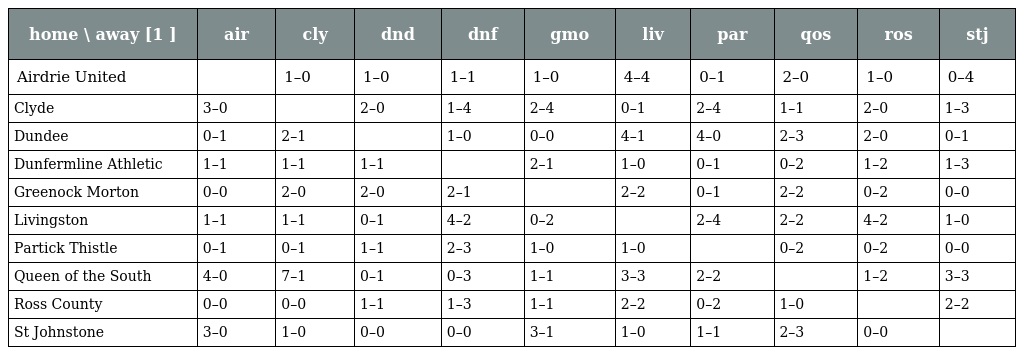
| home \ away [1 ] | air | cly | dnd | dnf | gmo | liv | par | qos | ros | stj |
 | --- | --- | --- | --- | --- | --- | --- | --- | --- | --- | --- |
 | Airdrie United |  | 1–0 | 1–0 | 1–1 | 1–0 | 4–4 | 0–1 | 2–0 | 1–0 | 0–4 |
 | Clyde | 3–0 |  | 2–0 | 1–4 | 2–4 | 0–1 | 2–4 | 1–1 | 2–0 | 1–3 |
 | Dundee | 0–1 | 2–1 |  | 1–0 | 0–0 | 4–1 | 4–0 | 2–3 | 2–0 | 0–1 |
 | Dunfermline Athletic | 1–1 | 1–1 | 1–1 |  | 2–1 | 1–0 | 0–1 | 0–2 | 1–2 | 1–3 |
 | Greenock Morton | 0–0 | 2–0 | 2–0 | 2–1 |  | 2–2 | 0–1 | 2–2 | 0–2 | 0–0 |
 | Livingston | 1–1 | 1–1 | 0–1 | 4–2 | 0–2 |  | 2–4 | 2–2 | 4–2 | 1–0 |
 | Partick Thistle | 0–1 | 0–1 | 1–1 | 2–3 | 1–0 | 1–0 |  | 0–2 | 0–2 | 0–0 |
 | Queen of the South | 4–0 | 7–1 | 0–1 | 0–3 | 1–1 | 3–3 | 2–2 |  | 1–2 | 3–3 |
 | Ross County | 0–0 | 0–0 | 1–1 | 1–3 | 1–1 | 2–2 | 0–2 | 1–0 |  | 2–2 |
 | St Johnstone | 3–0 | 1–0 | 0–0 | 0–0 | 3–1 | 1–0 | 1–1 | 2–3 | 0–0 |  |